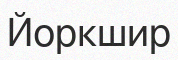
Йоркшир